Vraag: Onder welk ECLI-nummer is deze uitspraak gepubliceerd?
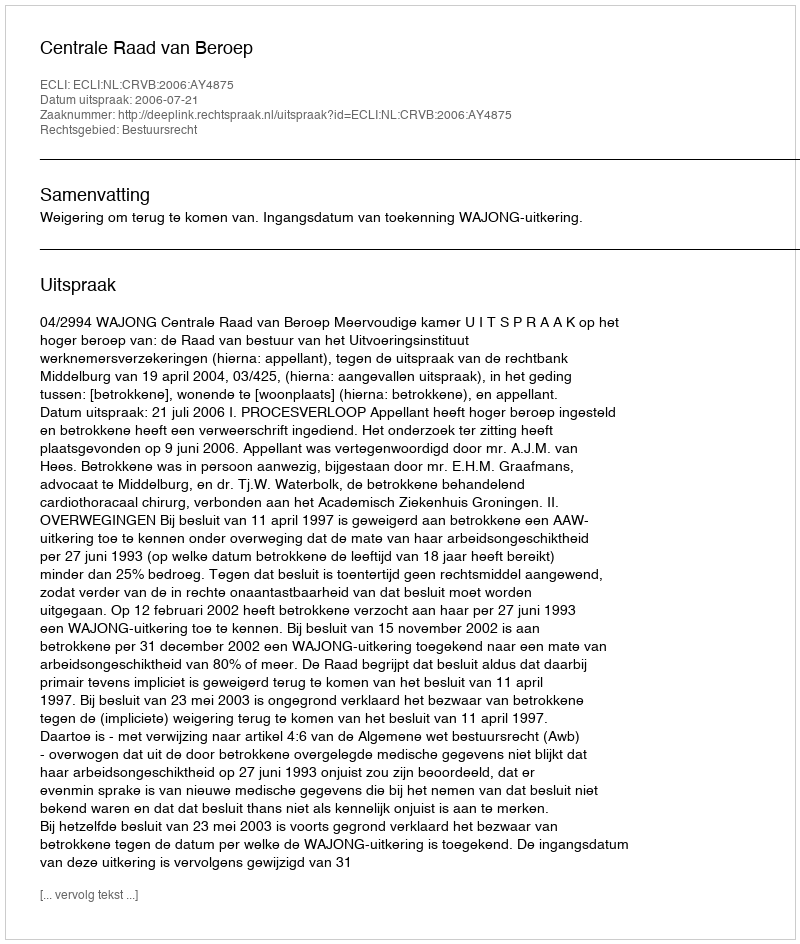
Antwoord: ECLI:NL:CRVB:2006:AY4875